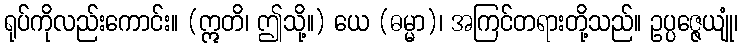
ရုပ်ကိုလည်းကောင်း။ (ဣတိ၊ ဤသို့။) ယေ (ဓမ္မာ)၊ အကြင်တရားတို့သည်။ ဥပ္ပဇ္ဇေယျုံ၊